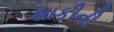
શાકીની